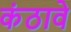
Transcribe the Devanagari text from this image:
कंठावे